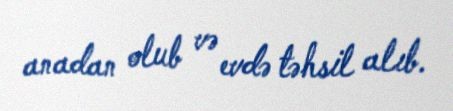
anadan olub və evdə təhsil alıb.